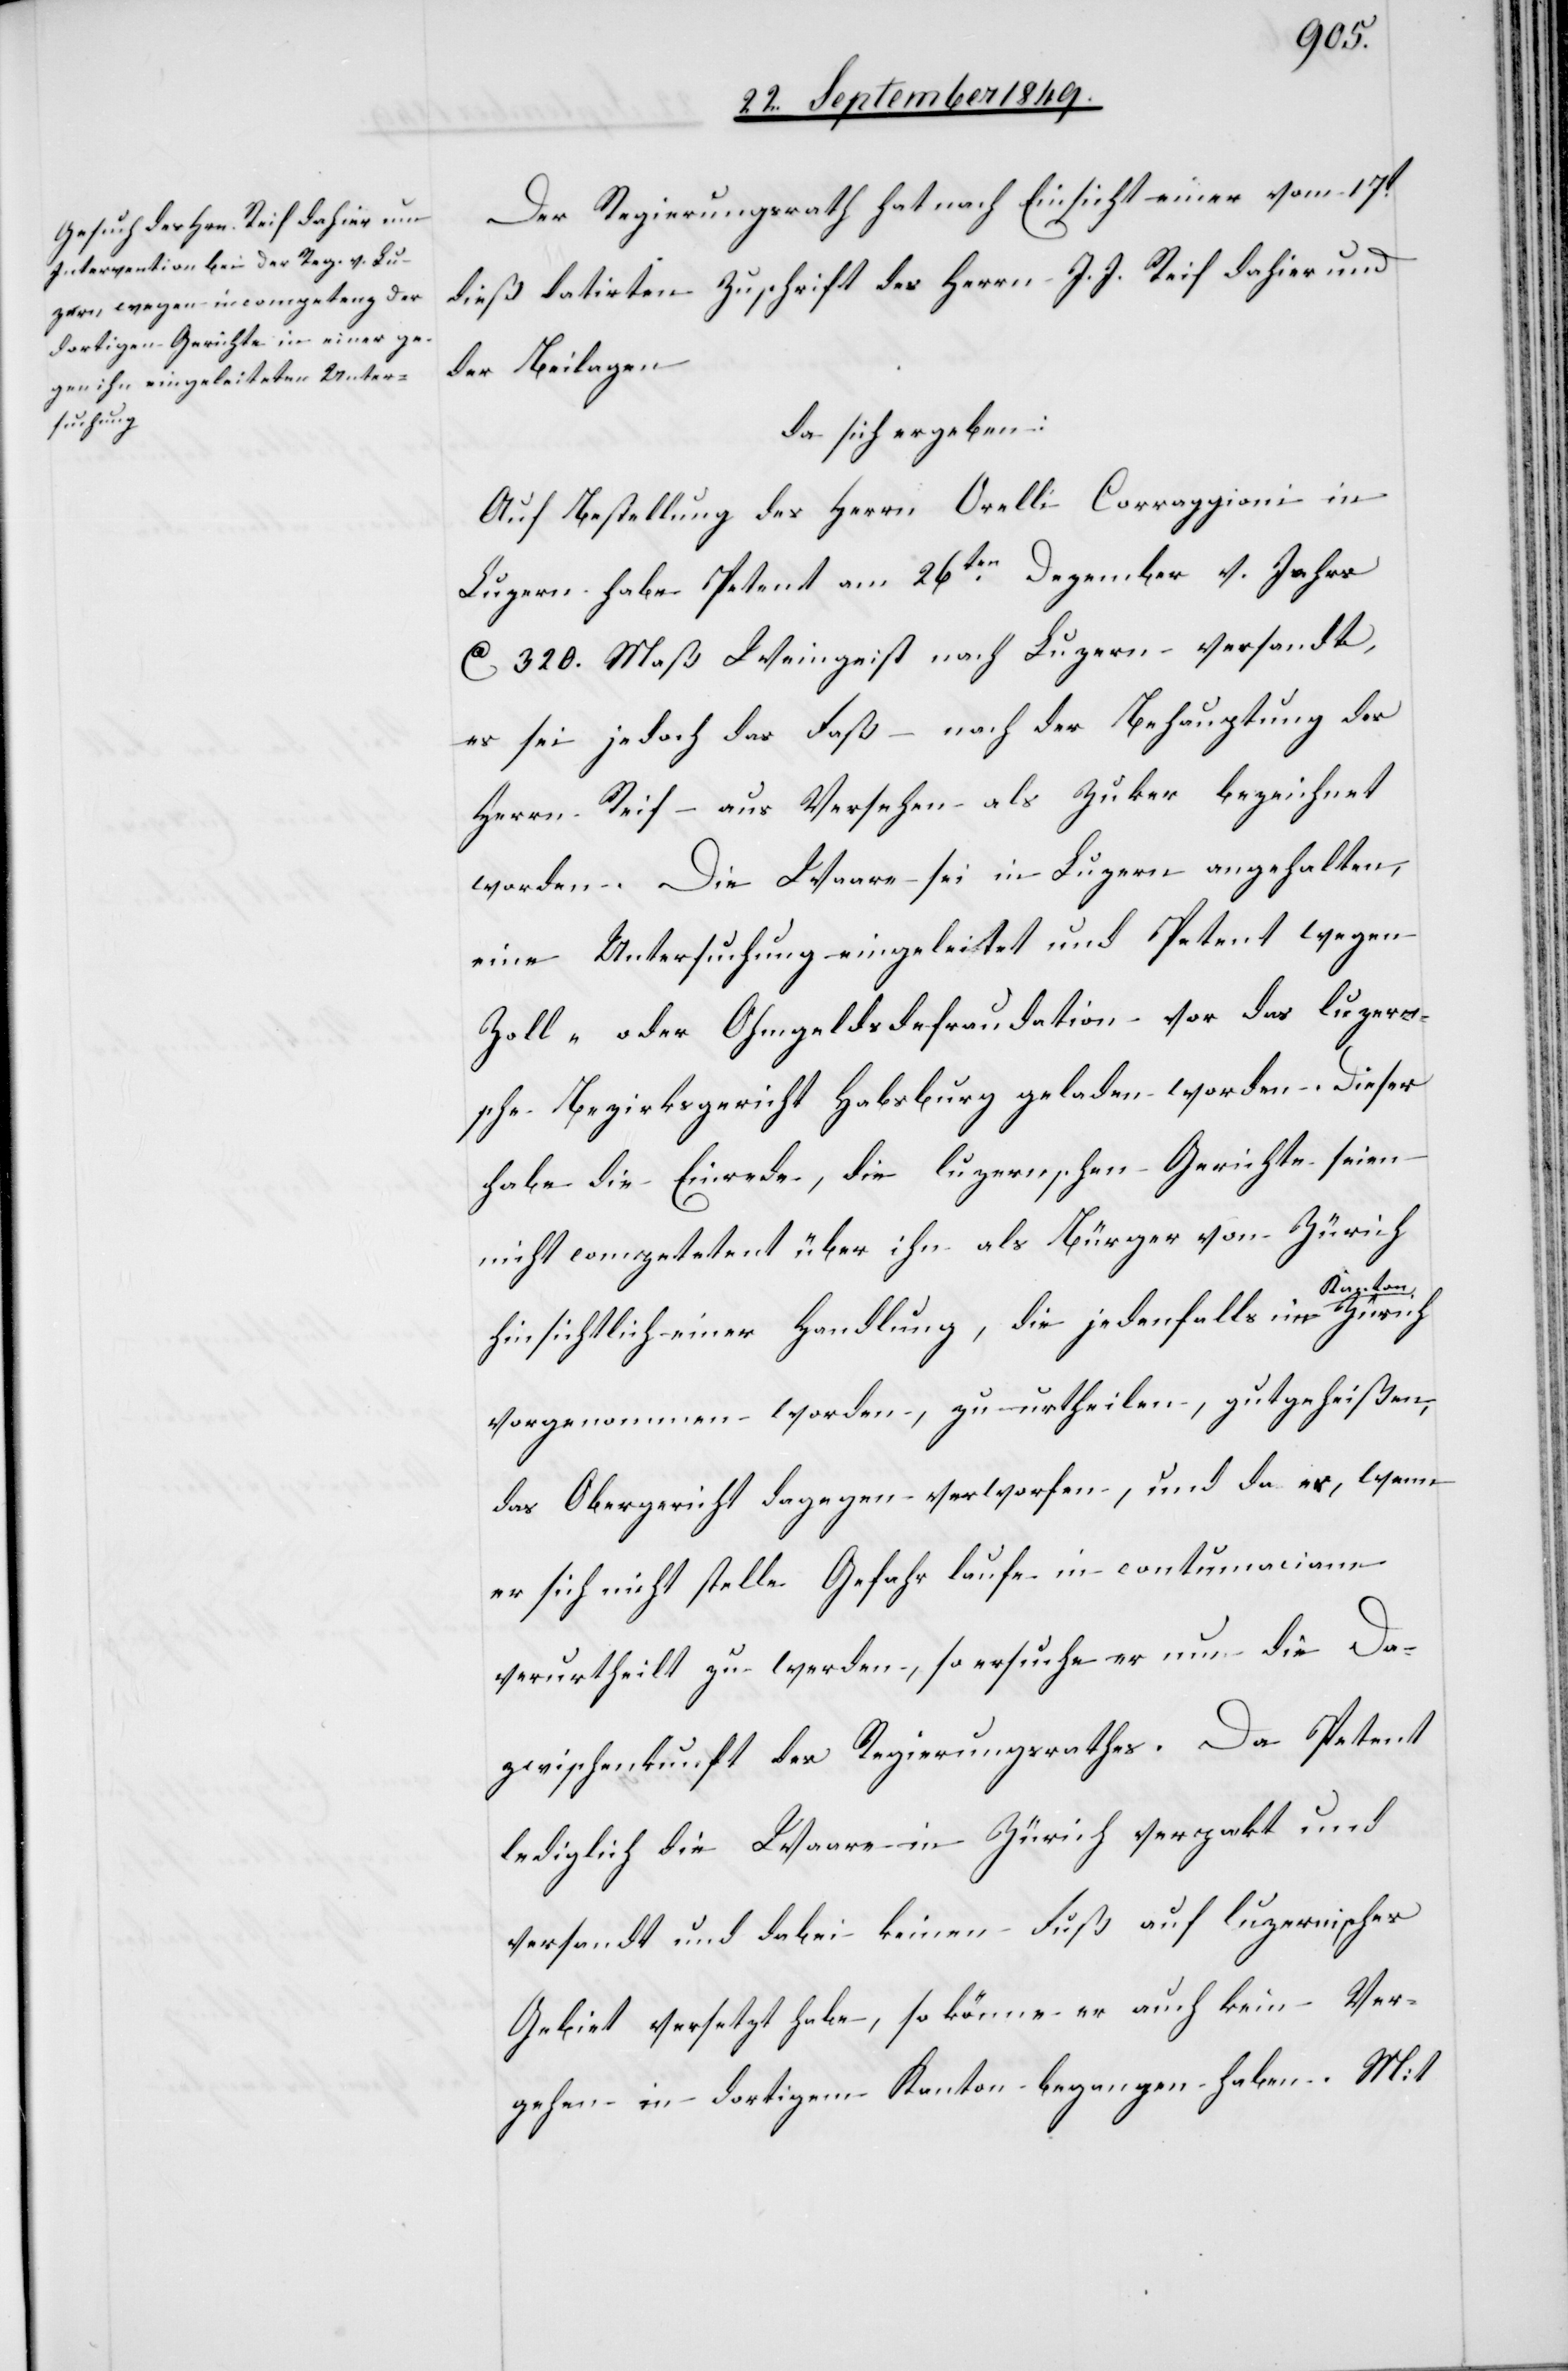
Der Regierungsrath hat nach Einsicht einer vom 17t
dieß datirten Zuschrift des Herrn J. J. Reif dahier und
der Beilagen
da sich ergeben:
Auf Bestellung des Herrn Orelli Corraggioni in
Luzern habe Petent am 26ten Dezember v. Jahrs
ca 320. Maß Weingeist nach Luzern versandt,
es sei jedoch das Faß – nach der Behauptung des
Herrn Reif aus Versehen als Zuker [sic!] bezeichnet
worden. Die Waare sei in Luzern angehalten,
eine Untersuchung eingeleitet und Petent wegen
Zoll- oder Ohmgeldsdefraudation vor das luzern¬
sche Bezirksgericht Habsburg geladen worden. Dieses
habe die Einrede, die luzernschen Gerichte seien
nicht competent über ihn als Bürger von Zürich
hinsichtlich einer Handlung, die jedenfalls im a-Kanton-a
vorgenommen worden, zu urtheilen, gutgeheißen,
das Obergericht dagegen verworfen, und da er, wenn
er sich nicht stelle[,] Gefahr laufe[,] in contumaciam
verurtheilt zu werden, so ersuche er um die Da¬
zwischenkunft des Regierungsrathes. Da Petent
lediglich die Waare in Zürich verpakt und
versandt und dabei keinen Fuß auf luzernisches
Gebiet versetzt habe, so könne er auch kein Ver¬
gehen in dortigem Kanton begangen haben. Mit